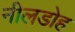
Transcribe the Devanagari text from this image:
नीलडोह